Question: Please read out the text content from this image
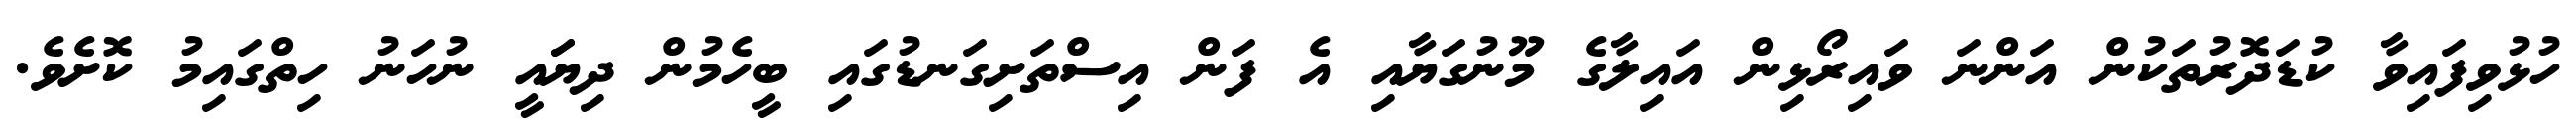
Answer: ހުޅުވިފައިވާ ކުޑަދޮރުތަކުން އަންނަ ވައިރޯޅިން އައިލާގެ މޫނުގަޔާއި އެ ފަން އިސްތަށިގަނޑުގައި ބީހެމުން ދިޔަައީ ނުހަނު ހިތްގައިމު ކޮށެވެ.